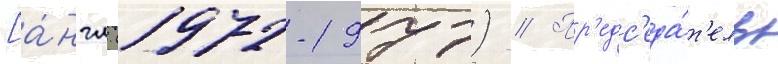
[а́нгл. (1972-1977) // Пр'едс'еда́т'ель